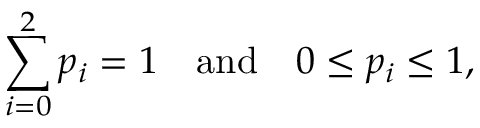
\sum _ { i = 0 } ^ { 2 } p _ { i } = 1 \quad { \mathrm { a n d } } \quad 0 \leq p _ { i } \leq 1 ,